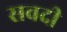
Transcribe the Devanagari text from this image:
सवदी